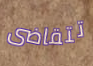
تتقاضى